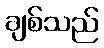
ချစ်သည်